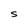
Character: S